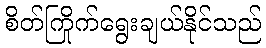
စိတ်ကြိုက်ရွေးချယ်နိုင်သည်